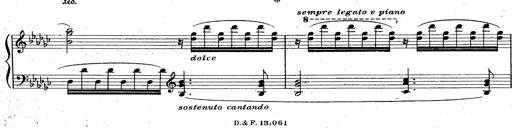
Title: La Marseillaise
Composer: Franz Liszt
Key: B-flat major